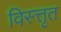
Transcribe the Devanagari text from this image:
विस्त्तृत